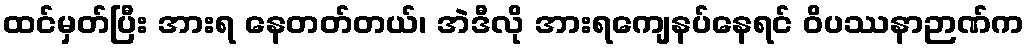
ထင်မှတ်ပြီး အားရ နေတတ်တယ်၊ အဲဒီလို အားရကျေနပ်နေရင် ဝိပဿနာဉာဏ်က